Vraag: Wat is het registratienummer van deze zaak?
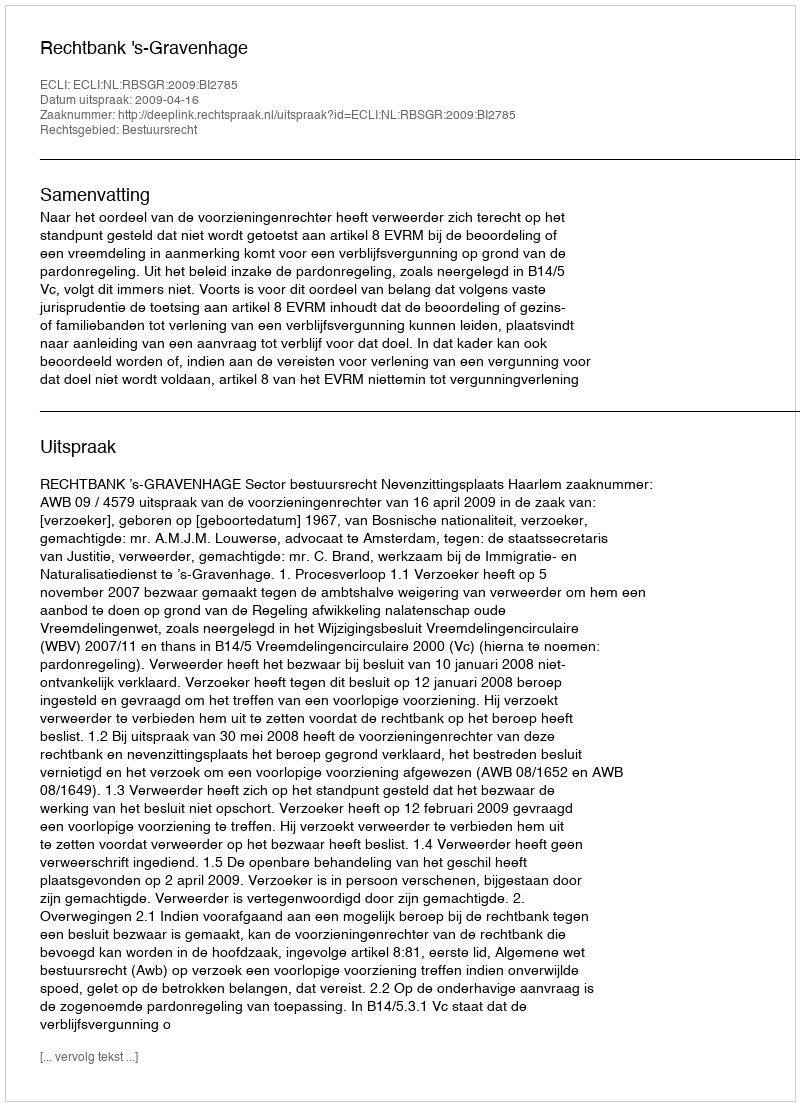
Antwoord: http://deeplink.rechtspraak.nl/uitspraak?id=ECLI:NL:RBSGR:2009:BI2785